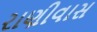
રાણીવાસ